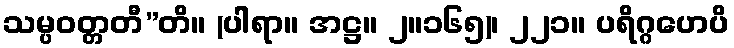
သမ္ပဝတ္တတီ”တိ။ (ပါရာ။ အဋ္ဌ။ ၂။၁၆၅)၊ ၂၂၁။ ပရိဂ္ဂဟေပိ